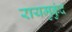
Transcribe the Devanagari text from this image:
रायमुकुंद